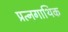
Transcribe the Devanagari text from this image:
प्रत्नगाथिक